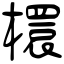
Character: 檈